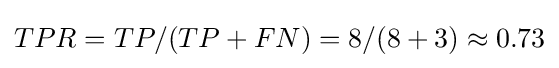
TPR=TP/(TP+FN)=8/(8+3)\approx 0.73